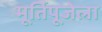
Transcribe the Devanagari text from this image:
मूर्तिपूजेला